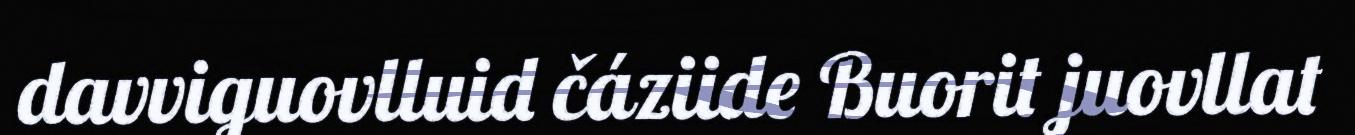
davviguovlluid čáziide Buorit juovllat